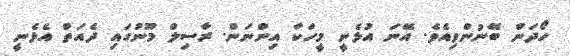
ހޯދަން ބޭނުންވިއެވެ. އޭނަ އުޅެނީ މީހަކާ އިންނަން. ރާސިލް މޫނުގައި ދެއަތް އެޅެނީ